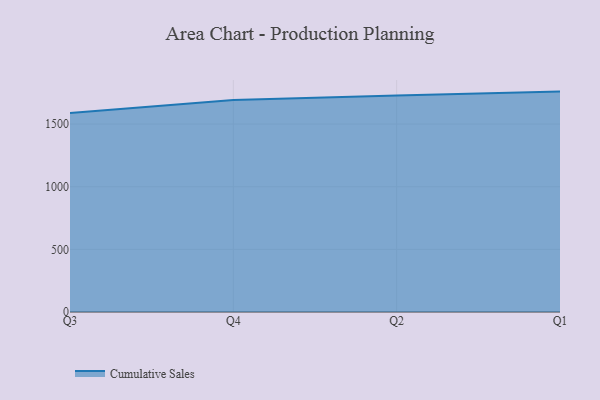
{"axis": {"x": "Quarter", "y": "Inventory Turnover"}, "legend": ["Cumulative Sales"], "data": [{"x": "Q3", "y": 1587.4, "type": "Cumulative Sales"}, {"x": "Q4", "y": 1691.6, "type": "Cumulative Sales"}, {"x": "Q2", "y": 1727.9, "type": "Cumulative Sales"}, {"x": "Q1", "y": 1759.2, "type": "Cumulative Sales"}]}